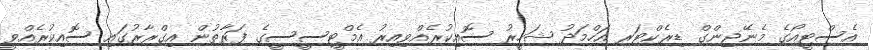
އެސްޓީއޯގެ މެނޭޖިންގް ޑިރެކްޓަރ އަހްމަދު ޝަހީރު ސޮއިކުރެއްވިއިރު އެމްޓީސީސީގެ ފަރާތުން އިގްރާރުގައި ސޮއިކުރެއްވީ